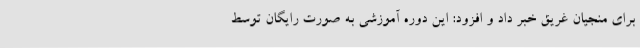
برای منجیان غریق خبر داد و افزود: این دوره آموزشی به صورت رایگان توسط